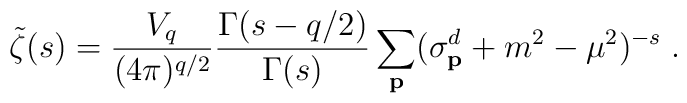
\tilde{\zeta}(s)=\frac{V_q}{(4\pi)^{q/2}}\frac{\Gamma(s-q/2)}{\Gamma(s)}              \sum_{\bf p}(\sigma^d_{\bf p}+m^2-\mu^2)^{-s}\;.